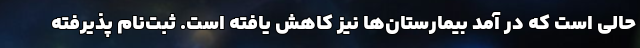
حالی است که در آمد بیمارستان‌ها نیز کاهش یافته است. ثبت‌نام پذیرفته